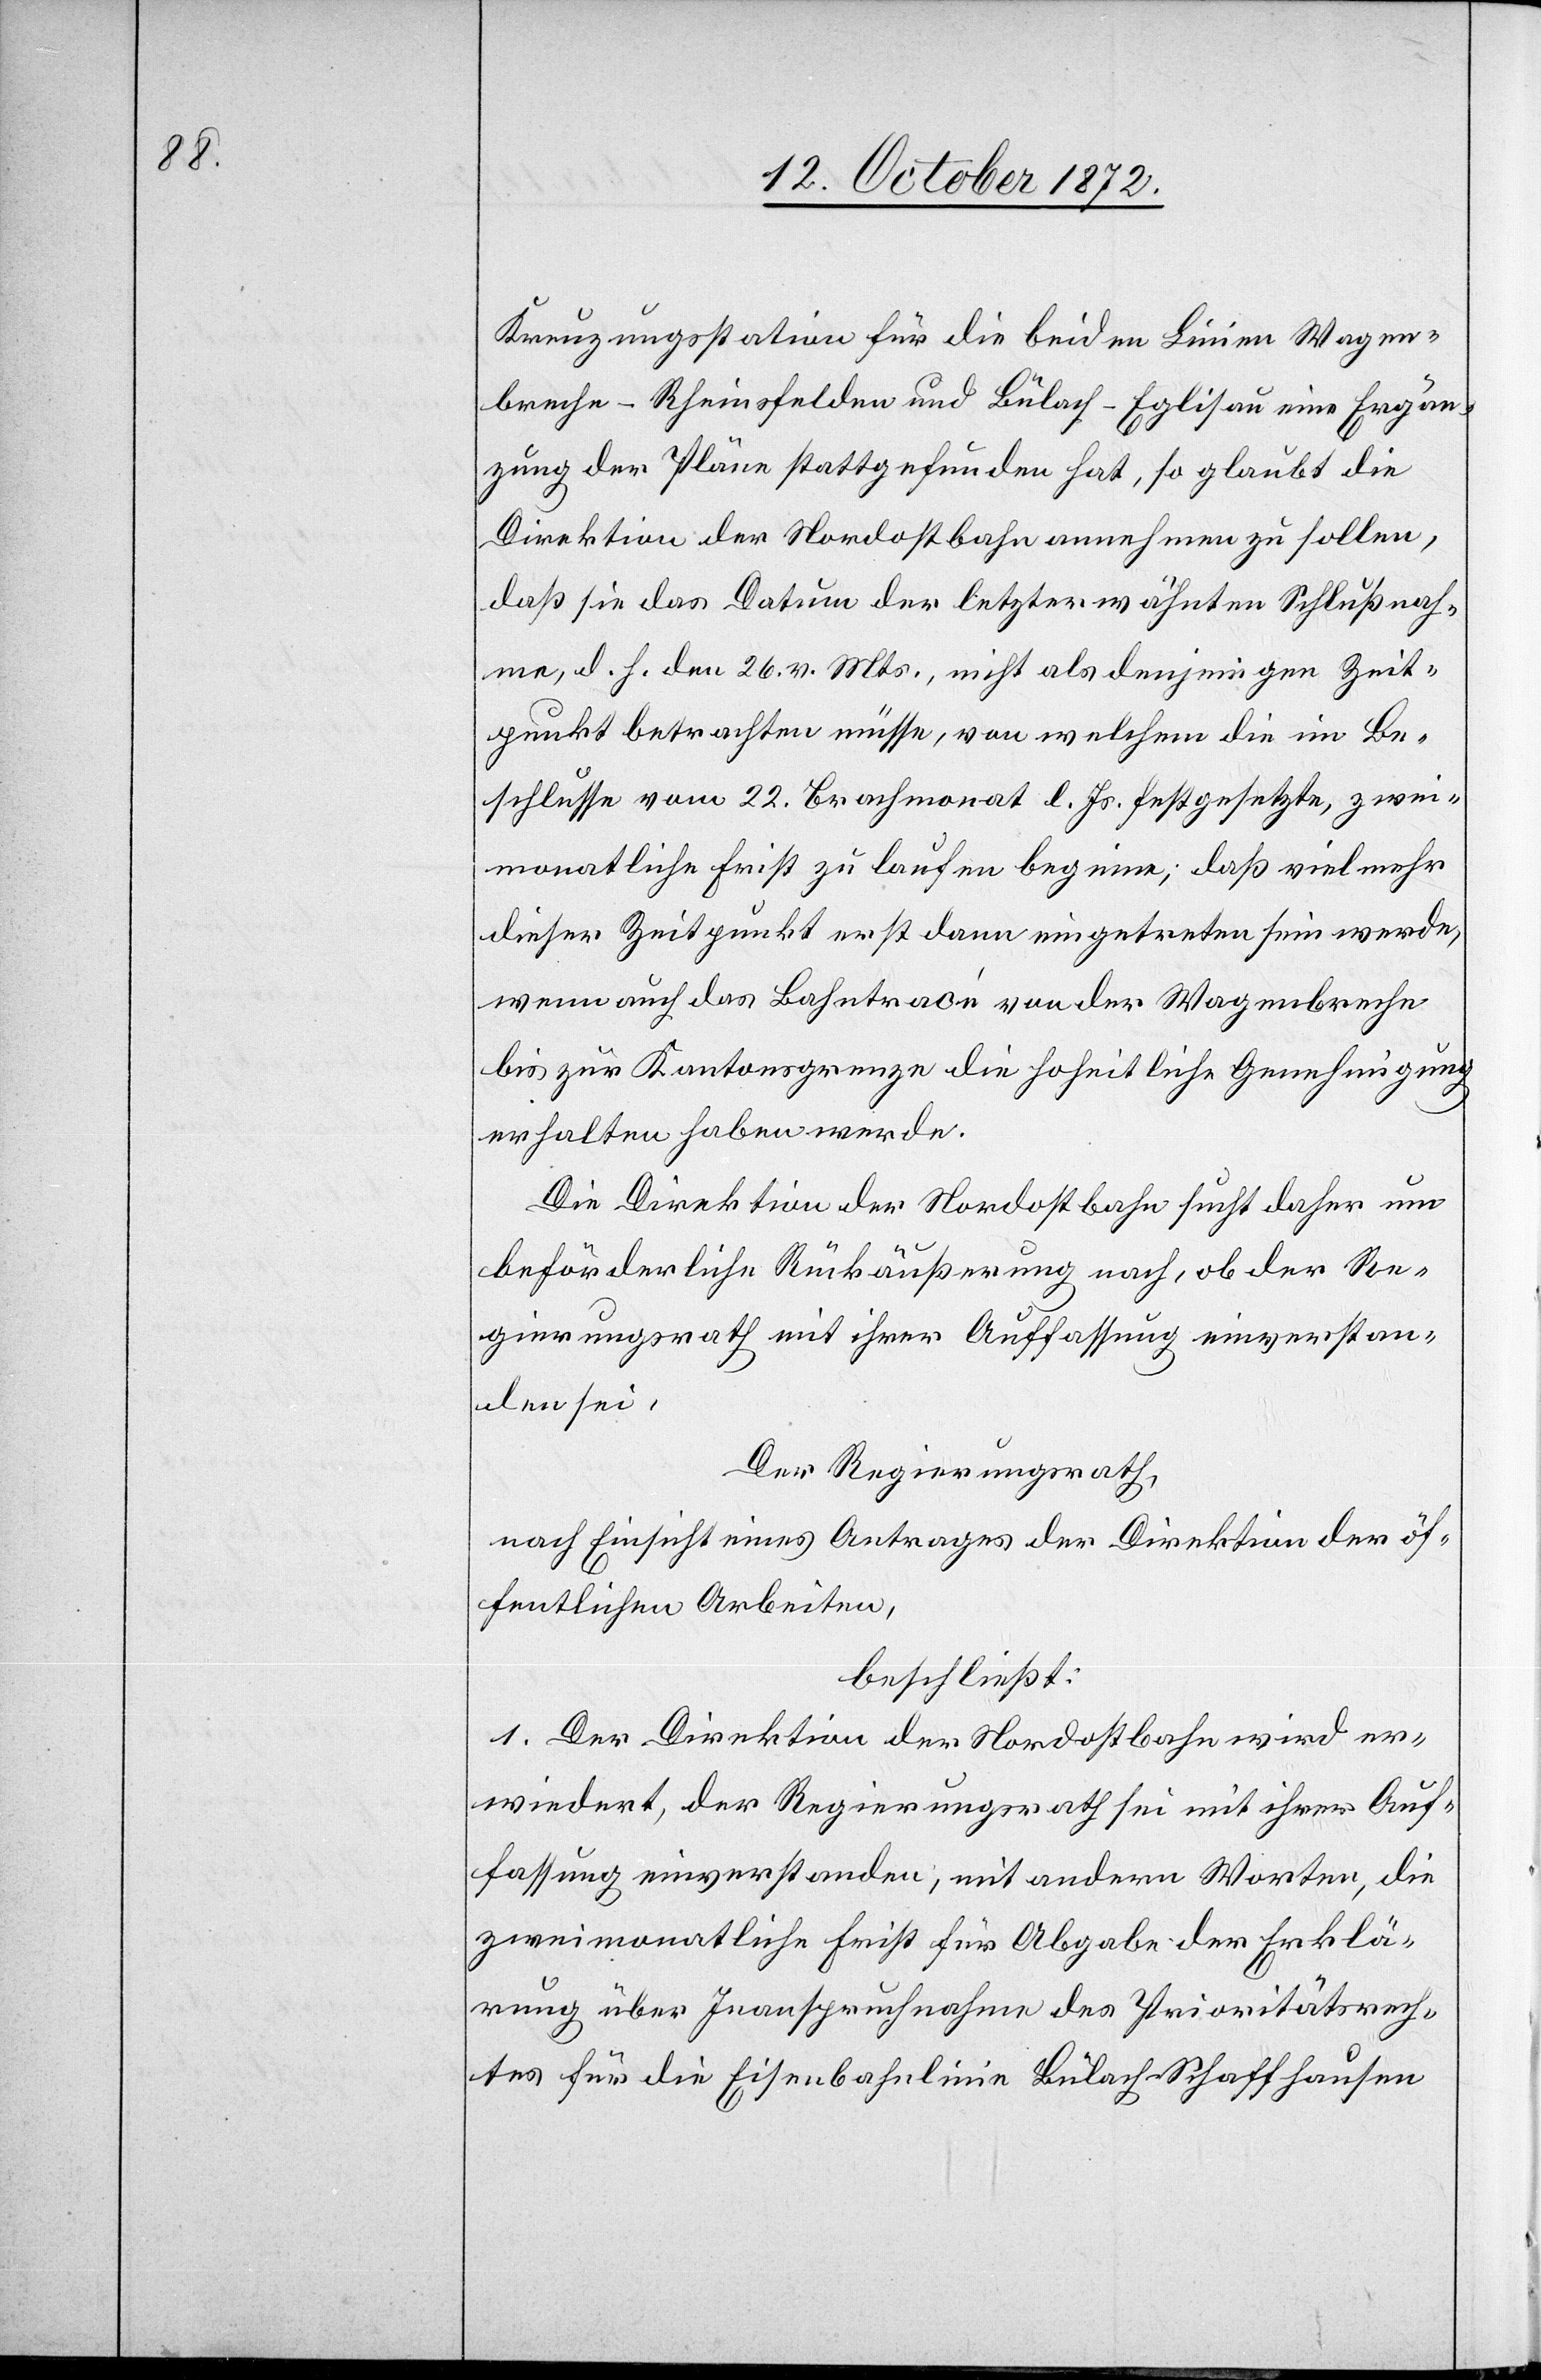
Kreuzungsstation für die beiden Linien Wagen¬
breche–Rheinfelden und Bülach–Eglisau eine Ergän¬
zung der Pläne stattgefunden hat, so glaubt die
Direktion der Nordostbahn annehmen zu sollen,
daß sie das Datum der letzterwähnten Schlußnah¬
me, d. h. den 26. v. Mts., nicht als denjenigen Zeit¬
punkt betrachten müsse, von welchem die im Be¬
schlusse vom 22. Brachmonat l. Js. festgesetzte, zwei¬
monatliche Frist zu laufen beginne; daß vielmehr
dieser Zeitpunkt erst dann eingetreten sein werde,
wenn auch das Bahntracé von der Wagenbreche
bis zur Kantonsgrenze die hoheitliche Genehmigung
erhalten haben werde.
Die Direktion der Nordostbahn sucht daher um
beförderliche Rückäußerung nach, ob der Re¬
gierungsrath mit ihrer Auffassung einverstan¬
den sei,
Der Regierungsrath,
nach Einsicht eines Antrages der Direktion der öf¬
fentlichen Arbeiten,
beschließt:
1. Der Direktion der Nordostbahn wird er¬
wiedert, der Regierungsrath sei mit ihrer Auf¬
fassung einverstanden, mit andern Worten, die
zweimonatliche Frist für Abgabe der Erklä¬
rung über Inanspruchnahme des Prioritätsrech¬
tes für die Eisenbahnlinie Bülach–Schaffhausen